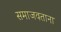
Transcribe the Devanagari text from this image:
समाजवताना